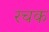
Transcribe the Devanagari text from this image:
रचक